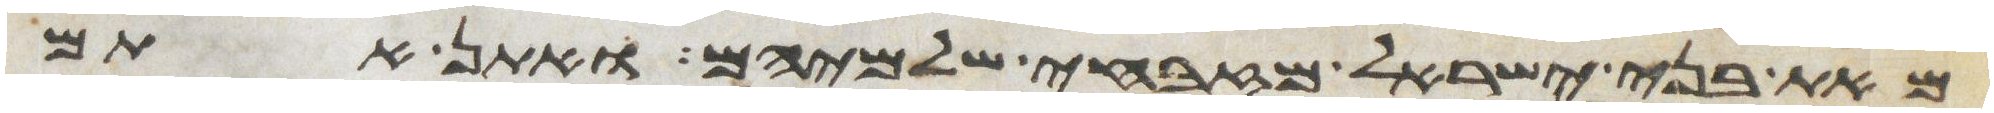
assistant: מאת בני ישראל מזבחי שלמיהם ואתן אתם